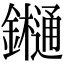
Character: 𨯁